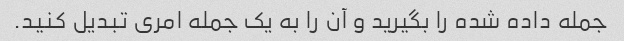
جمله داده شده را بگیرید و آن را به یک جمله امری تبدیل کنید.